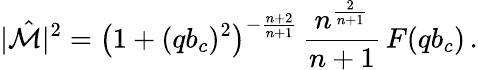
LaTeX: |\hat{\cal M}|^{2}=\left(1+(qb_{c})^{2}\right)^{-\frac{n+2}{n+1}}\, \frac{n^{\frac{2}{n+1}}}{n+1}\, F(qb_{c})\, .